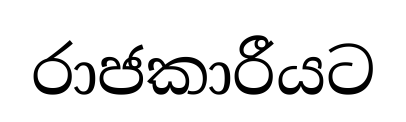
රාජකාරීයට